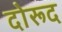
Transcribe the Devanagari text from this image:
दोरूद